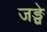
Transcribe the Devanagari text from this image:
जङ्घे